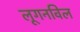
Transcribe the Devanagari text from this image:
लूगनविल